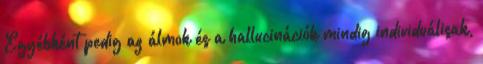
Egyébként pedig az álmok és a hallucinációk mindig individuálisak,